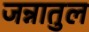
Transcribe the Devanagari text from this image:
जन्नातुल